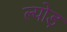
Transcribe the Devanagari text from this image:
ल्योड़